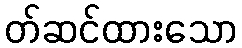
တ်ဆင်ထားသော